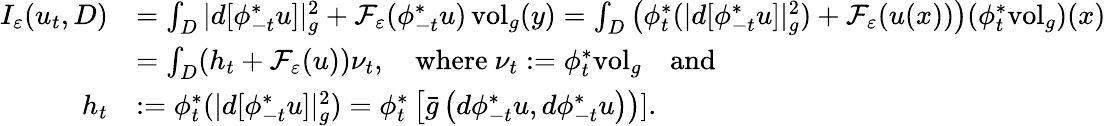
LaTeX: \begin{array}{rl}{I_{\varepsilon}(u_{t},D)}&{=\int_{D}|d[\phi_{-t}^{*}u]|_{g}^{2}+\mathcal{F}_{\varepsilon}(\phi_{-t}^{*}u)\, \mathrm{vol}_{g}(y)=\int_{D}\left(\phi_{t}^{*}(|d[\phi_{-t}^{*}u]|_{g}^{2})+\mathcal{F}_{\varepsilon}(u(x))\right)(\phi_{t}^{*}\mathrm{vol}_{g})(x)}\\ &{=\int_{D}(h_{t}+\mathcal{F}_{\varepsilon}(u))\nu_{t},\quad\mathrm{where~}\nu_{t}:=\phi_{t}^{*}\mathrm{vol}_{g}\quad\mathrm{and}}\\ {h_{t}}&{:=\phi_{t}^{*}(|d[\phi_{-t}^{*}u]|_{g}^{2})=\phi_{t}^{*}\left[\bar{g}\left(d\phi_{-t}^{*}u,d\phi_{-t}^{*}u\right)\right)].}\end{array}